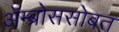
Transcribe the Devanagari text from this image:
ॲम्ब्रोससोबत